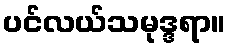
ပင်လယ်သမုဒ္ဒရာ။